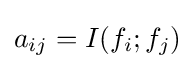
a_{ij}=I(f_{i};f_{j})